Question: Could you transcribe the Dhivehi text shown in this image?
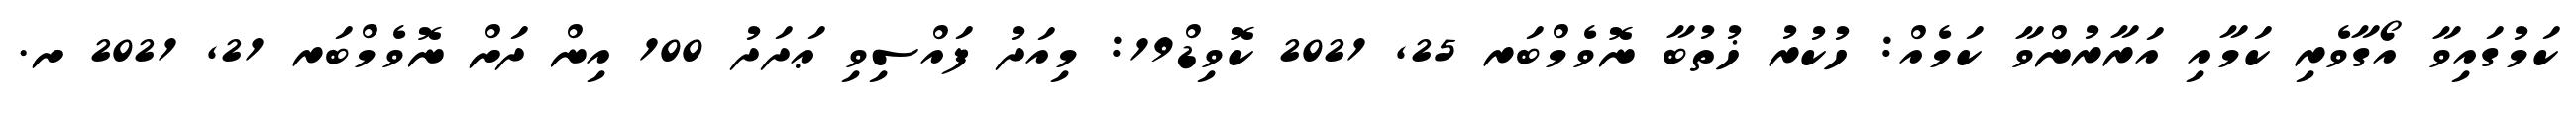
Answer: ކަމުގައިވާ އޯގާވެރި ކަމާއި އަރާރުންވާ ކަމެއް: ހުކުރު ޚުތުބާ ނޮވެމްބަރ 25, 2021 ކޮވިޑް19: މިއަދު ފައްސިވި ޢަދަދު 100 އިން ދަށް ނޮވެމްބަރ 21, 2021 ށ.